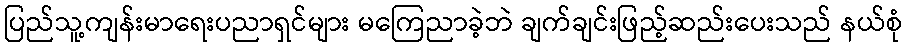
ပြည်သူ့ကျန်းမာရေးပညာရှင်များ မကြေညာခဲ့ဘဲ ချက်ချင်းဖြည့်ဆည်းပေးသည် နယ်စုံ